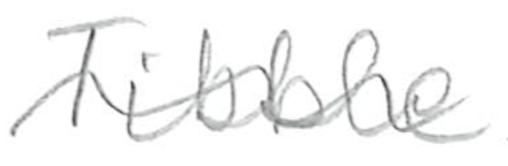
Text: Tibbie
Cross-out: wave
Writing tool: pencil